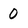
Character: 0